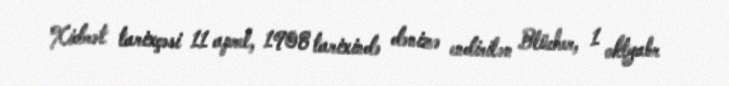
Xidmət tarixçəsi 11 aprel, 1908 tarixində dənizə endirilən Blücher, 1 oktyabr